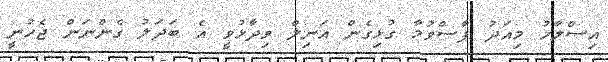
އިސްލާހު މިއަދު ފާސްވުމާ ގުޅިގެން އަނިލް ވިދާޅުވީ އެ ބަދަލު ގެންނަން ޖެހުނީ